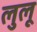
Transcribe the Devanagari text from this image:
लुलू